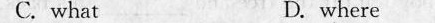
C.what D. where